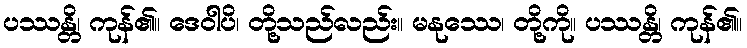
ပဿန္တိ၊ ကုန်၏။ ဒေဝါပိ၊ တို့သည်လည်း။ မနုဿေ၊ တို့ကို။ ပဿန္တိ၊ ကုန်၏။